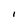
Character: I